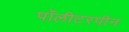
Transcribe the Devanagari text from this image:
पॉलीटरपीन